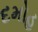
દમોહ